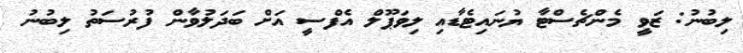
ލިބުނު: ޒަވީ މެންޗެސްޓާ ޔުނައިޓެޑާއި ލިވަޕޫލް އެފްސީ އަށް ބަދަލުވާން ފުރުސަތު ލިބުނު